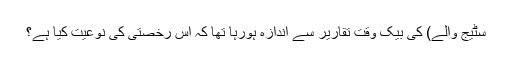
سٹیج والے) کی بیک وقت تقاریر سے اندازہ ہورہا تھا کہ اس رخصتی کی نوعیت کیا ہے؟